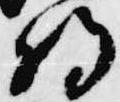
将